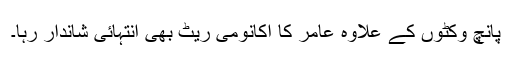
پانچ وکٹوں کے علاوہ عامر کا اکانومی ریٹ بھی انتہائی شاندار رہا۔